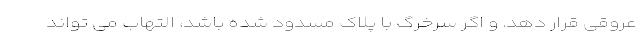
عروقی قرار دهد. و اگر سرخرگ با پلاک مسدود شده باشد، التهاب می تواند